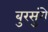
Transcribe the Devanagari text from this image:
बुरसुंगे